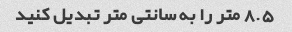
8.5 متر را به سانتی متر تبدیل کنید